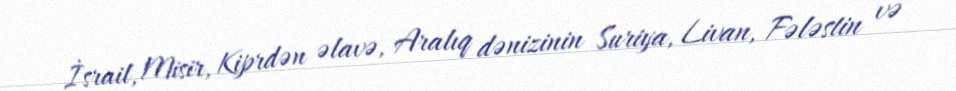
İsrail, Misir, Kiprdən əlavə, Aralıq dənizinin Suriya, Livan, Fələstin və